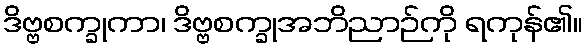
ဒိဗ္ဗစက္ခုကာ၊ ဒိဗ္ဗစက္ခုအဘိညာဉ်ကို ရကုန်၏။